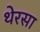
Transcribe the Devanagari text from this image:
थेरसा